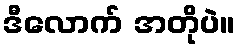
ဒီလောက် အတိုပဲ။